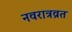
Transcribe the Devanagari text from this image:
नवरात्रव्रत